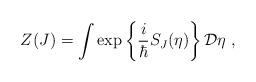
LaTeX: \begin{align*}Z(J)=\int\exp\left\{\frac{i}{\hbar}S_J(\eta)\right\}{\bf {\cal D}}\eta\;,\end{align*}